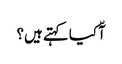
آّ کیا کہتے ہیں؟